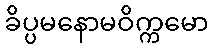
ခိပ္ပမနောမဝိက္ကမော